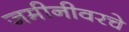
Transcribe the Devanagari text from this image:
जमीनीवरचे